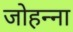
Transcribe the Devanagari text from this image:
जोहन्ना